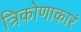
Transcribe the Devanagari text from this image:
त्रिकोणाकारं